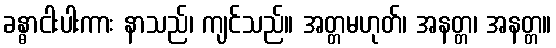
ခန္ဓာငါးပါးကား နာသည်၊ ကျင်သည်။ အတ္တမဟုတ်၊ အနတ္တ၊ အနတ္တ။